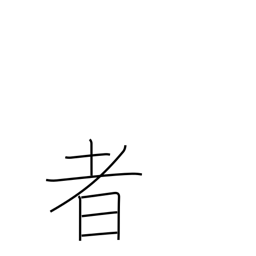
Meaning: someone